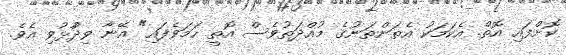
ކޮށްފައި އޮތް. އެކަމަކު އެތަންތަނުގެ މުއްދަތުވެސް އޮތީ ހަމަވެފައި" އޭނާ ވިދާުޅުވި އެވެ.